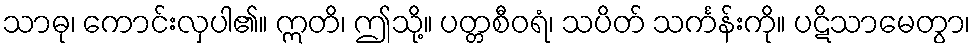
သာဓု၊ ကောင်းလှပါ၏။ ဣတိ၊ ဤသို့။ ပတ္တစီဝရံ၊ သပိတ် သင်္ကန်းကို။ ပဋိသာမေတွာ၊